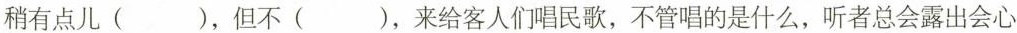
稍有点儿（ ），但不（ ），来给客人们唱民歌，不管唱的是什么，听者总会露出会心